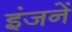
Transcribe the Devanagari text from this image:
इंजनें